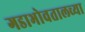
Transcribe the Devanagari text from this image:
गडाभोवतालच्या